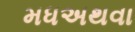
મધઅથવા